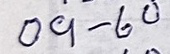
09 - 60